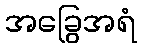
အခြွေအရံ